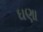
ઘણા